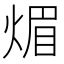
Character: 煝